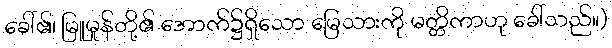
ခေါ်၏၊ မြူမှုန်တို့၏ အောက်၌ရှိသော မြေသားကို မတ္တိကာဟု ခေါ်သည်။)